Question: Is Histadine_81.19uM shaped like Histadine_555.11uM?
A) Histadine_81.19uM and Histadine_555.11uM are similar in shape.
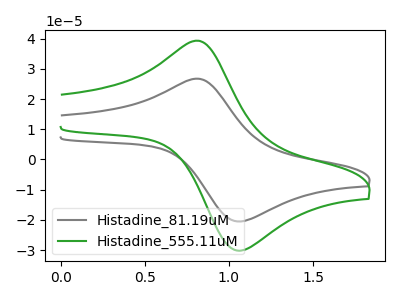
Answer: <think>The gray curve "Histadine_81.19uM" has an anodic peak at (0.80V, 26.75uA) and a cathodic peak at (1.05V, -20.40uA). The green curve "Histadine_555.11uM" has an anodic peak at (0.80V, 39.30uA) and a cathodic peak at (1.05V, -30.00uA).
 All the peaks in "Histadine_81.19uM" have a peak in "Histadine_555.11uM" at the same potential. Every peak in "Histadine_81.19uM" is lower than every peak in "Histadine_555.11uM".</think>
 <answer>A) "Histadine_81.19uM" and "Histadine_555.11uM" are similar in shape.</answer>
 <eval>A</eval>